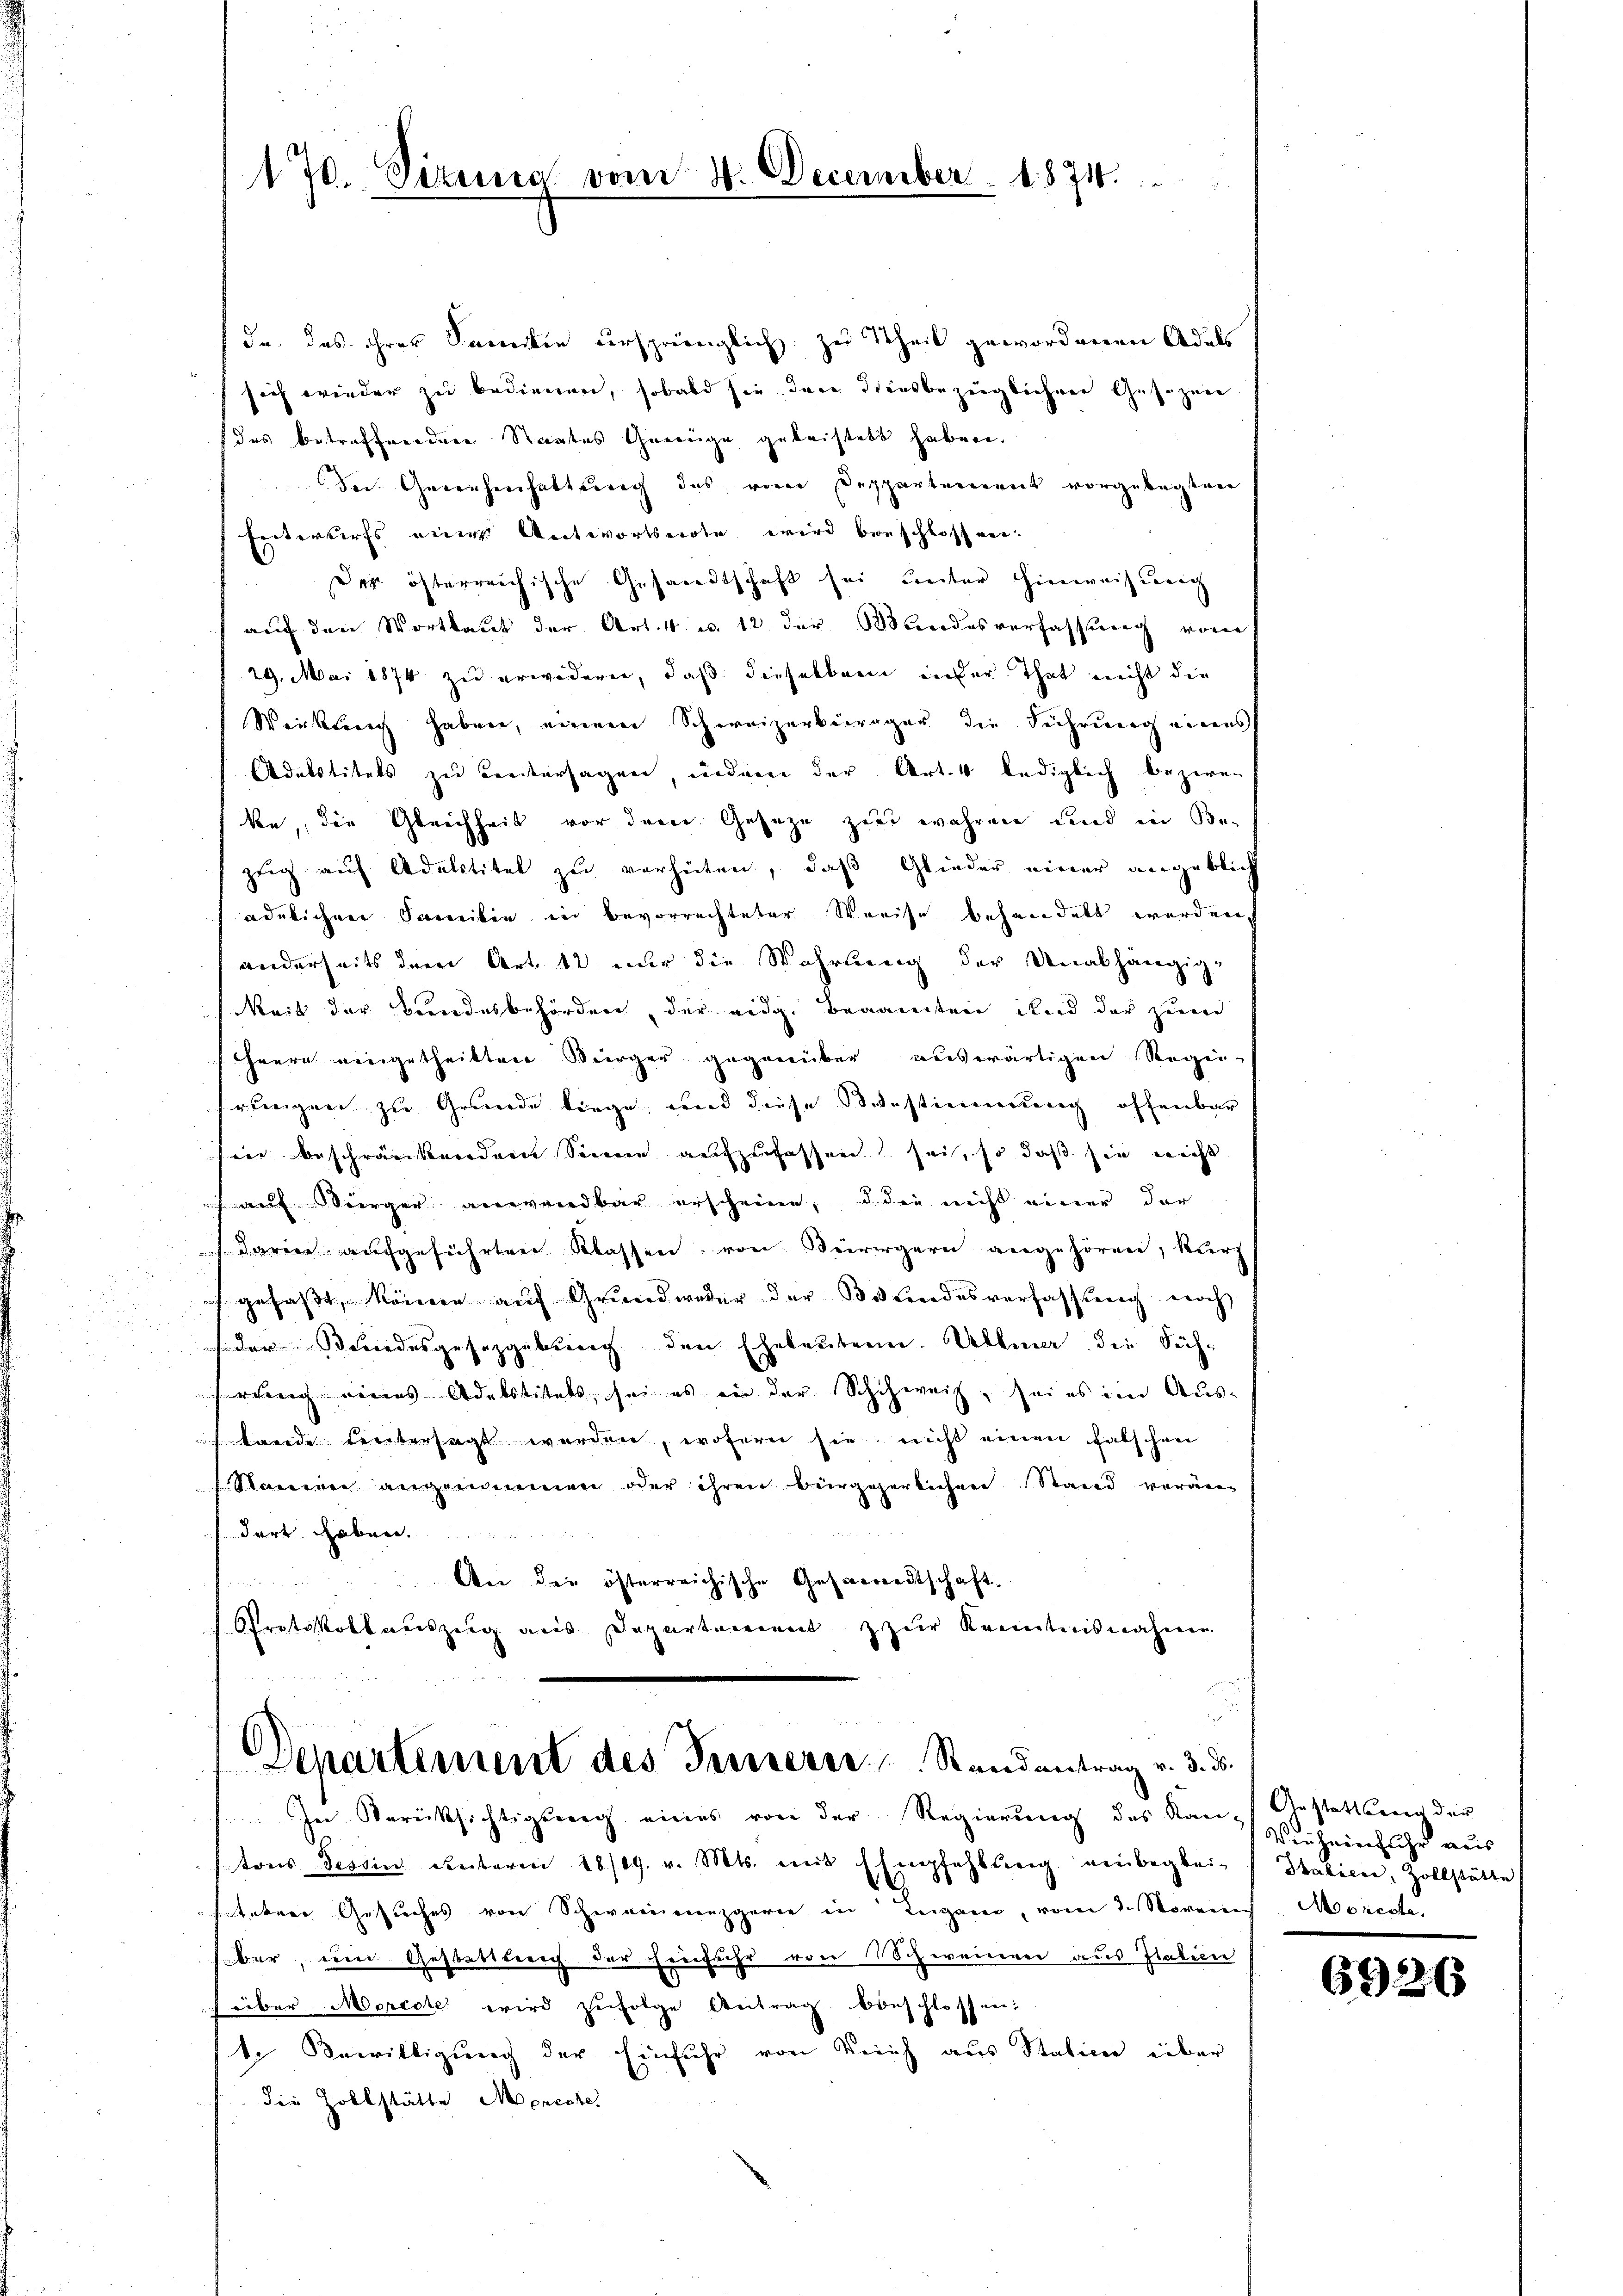
170. Sitzung vom 4. December 1874.

da, das ihrer Samilie ursprünglich zu Theil gewordenen Adels
sich wieder zu bedienen, sobald sie dann drausbezeiglichen Gesezen
das betreffendere Staates Gewüge geleistets haben.
der Genehmhaltung des vom Departement vorgelegten
Entwurfs eines Antwortseite wird beschlossen.
der österreichische Gesandtschaft sei unter Hinweisung
auf den Wortlaut der Art. 4. u. 12 der Wundesverfassung vom
29. Mai 1874 zu erwidern, daß dieselben inder That nicht die
Weiktrug haben, einem Schweizerbürger die Führung einens
Adetstitels zu Breitersagen, indem der Art. 4 lediglich bezwe-
ke, die Gleichheit vor dem Gesetze zu wahren und in Bezeig auf Adelstitel zu verheiten, daß Glieder einer angeblich
ädelichen Samilie in bevorrechteter Streise behandelt werden,
anderseits dem Art. 12 nur die Wahrung der Unabhängig-
Nait der Bundesbehörden, der eidg. Beamten und der zum
Heere eingetheilten Bürger gegenüber auswärtigen Regie-
rungen, zu Grunde liege, und diese Verstimmung offenbar
iin beschränkordnen Seinen aufzufassen sei, so daß sei nicht
auf Bürger anwendbar erscheine, d. die nicht einer der
Darrer aufgeführten Klassen, von Bürgern angehören, klers
gefaßt, können auf Grundweder der Bundesverfassung noch
der Stundesgesetzgebung den Eheleutern. Allmer die Söhrung eines Adelstitels, sei es in der Schuhweiz, sei es im Aus-
ftande dreitersagt werden, wofern sie, nicht einen falschen
Staine angenommen oder ihren Bürgerlichen Stand verändort geben.
An die österreichische Gesandtschaft.
Pretskollauszug aus Departement zur Kenntnisnahme

Departement des Innerer   Randantrag v. 3. ds.
In Berücksichtigung eines von der Regierŭng des Kan- Gestattung der

tons Tessin unterm 28/29. v. Mts. mit Empfehlung einbeglei- Italien, Zollstätte
sitater Gesuches von Schwarmezgerie in Lugano, vom 3. Noven Moreste
ber, eine Gestattung der Einfuhr von Schweiner aus Italien
über Morcoter wird zŭfolge Antrag beschlossen:
te Bewilligung der Einfuhr von Reich aus Station über
die Zollstätte Moreste

Vieheinfuhr aus

6926